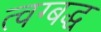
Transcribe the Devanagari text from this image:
त्वग्बद्ध